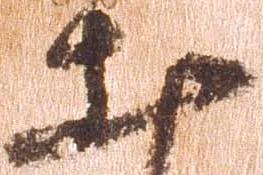
出